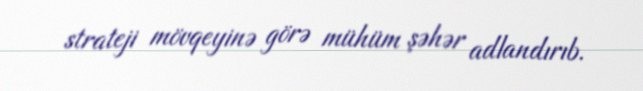
strateji mövqeyinə görə mühüm şəhər adlandırıb.